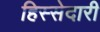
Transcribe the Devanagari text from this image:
हिस्‍सेदारी